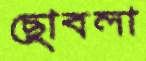
ছোবলা